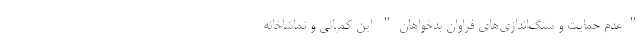
"عدم حمایت و سنگ‌اندازی‌های فراوانِ بدخواهان" این کمپانی و تماشاخانه